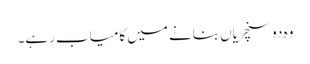
وہ دو سنچریاں بنانے میں کامیاب رہے۔